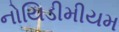
નોયિડીમીયમ